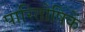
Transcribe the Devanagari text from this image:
पारितोषिकें